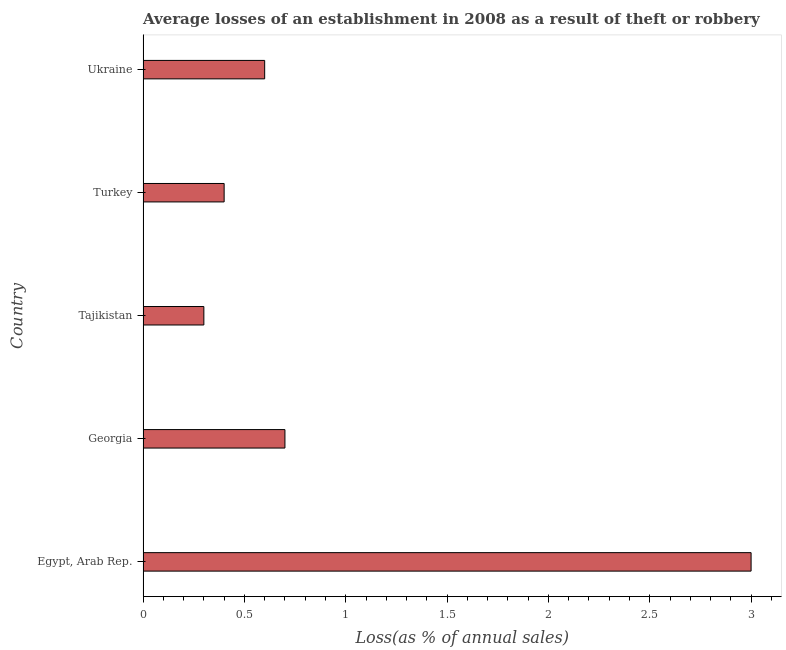
| Country | Losses due to theft |
 | --- | --- |
 | Egypt, Arab Rep. | 3 |
 | Georgia | 0.7 |
 | Tajikistan | 0.3 |
 | Turkey | 0.4 |
 | Ukraine | 0.6 |